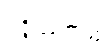
ဥဒ္ဒိဿကဋံ